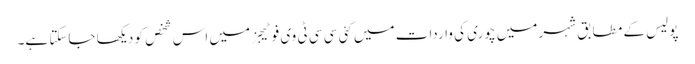
پولیس کے مطابق شہر میں چوری کی واردات میں کئی سی سی ٹی وی فوٹیجز میں اس شخص کو دیکھا جاسکتا ہے۔